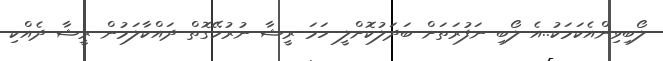
ލޯބިވިންއެކަމަކު..އެ ލޯބި ނަފުރަތަށް ބަދަލުކޮށްލީ ހަމަ ރީޝާ ނުރުހޭގޮތް ދައްކާލަމުން ރީޝާ ދެއްކި